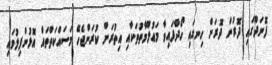
ފޮނަދޫގައި ދޮރުން ދޮރަށް ހިނގައި ހޯދާފައިވާ މަޢުލޫމާތުތަކާއި އިތުރަށް ކުރަންޖެހޭ މަސައްކަތްތައް އޮޅުންފިލުވައި